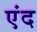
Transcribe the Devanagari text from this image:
एंद